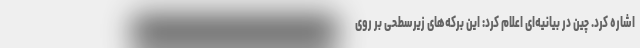
اشاره کرد. چین در بیانیه‌ای اعلام کرد: این برکه‌های زیرسطحی بر روی